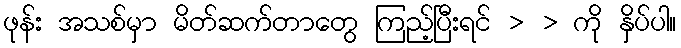
ဖုန်း အသစ်မှာ မိတ်ဆက်တာတွေ ကြည့်ပြီးရင် > > ကို နှိပ်ပါ။